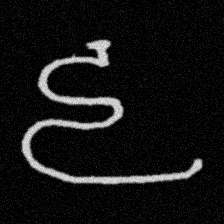
Pyu character \u2014 Myanmar letter: ဠ (romanized: lla)